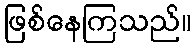
ဖြစ်နေကြသည်။